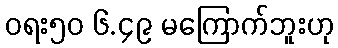
ဝရး၅၀ ၆.၄၉ မကြောက်ဘူးဟု